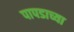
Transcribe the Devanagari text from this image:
पापडाच्या